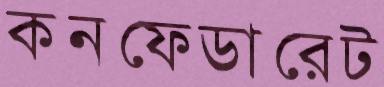
কনফেডারেট